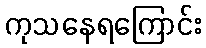
ကုသနေရကြောင်း